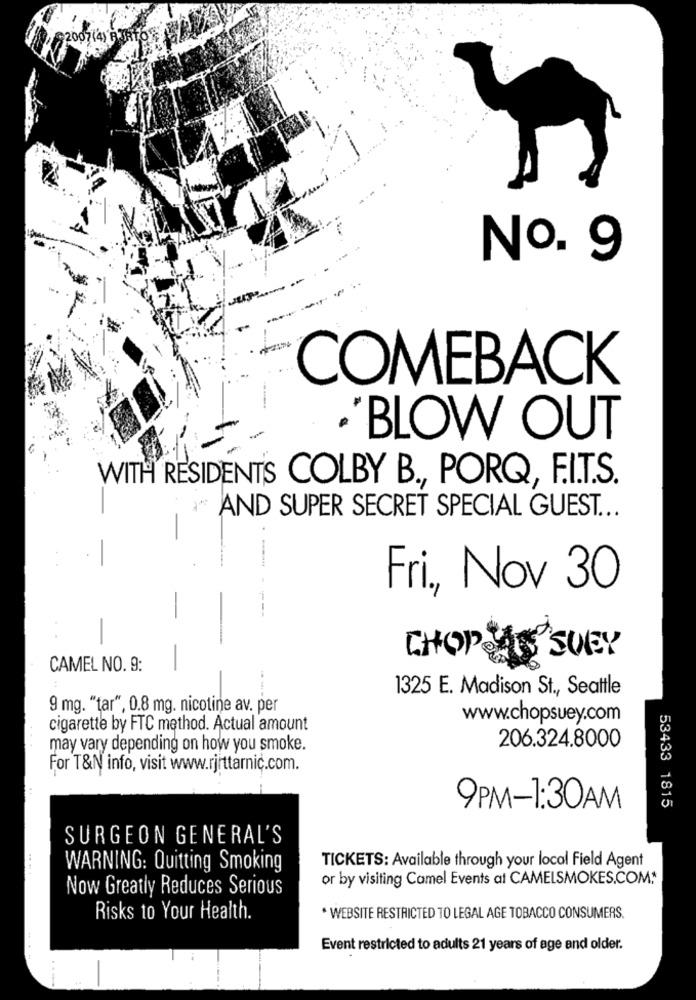
2007(4) 9 3816
No. 9
COMEBACK
·'BLOW OUT
WITH RESIDENTS COLBY B ., PORQ, F.I.T.S.
AND SUPER SECRET SPECIAL GUEST ...
Fri ., Nov 30
---- ----
-
CHOPE
S'SUEY
CAMEL NO. 9:
1325 E. Madison St ., Seattle
9 mg. "tar", 0.8 mg. nicotine av. per
www.chopsuey.com
cigarette by FTC method. Actual amount
206.324.8000
may vary depending on how you smoke.
For T&N info, visit www.rjrttarnic.com.
53433 1815
9PM-1:30AM
SURGEON GENERAL'S
WARNING: Quitting Smoking
TICKETS: Available through your local Field Agent
or by visiting Camel Events al CAMELSMOKES.COM **
Now Greatly Reduces Serious
Risks to Your Health.
* WEBSITE RESTRICTED TO LEGAL AGE TOBACCO CONSUMERS.
Event restricted to adults 21 years of age and older.